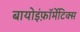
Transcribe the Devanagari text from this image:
बायोइंफ़ॉर्मेटिक्स